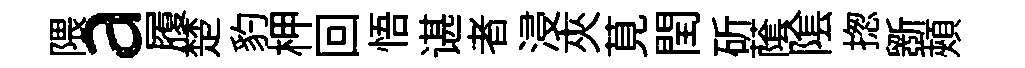
隈a履楚豹柙回悟谌者浸夾莧閏斫䕃隂揔斵頰